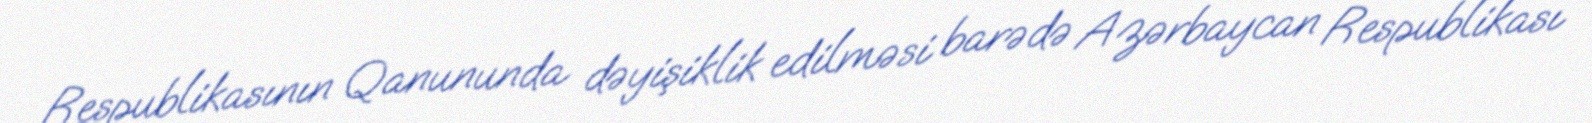
Respublikasının Qanununda dəyişiklik edilməsi barədə Azərbaycan Respublikası